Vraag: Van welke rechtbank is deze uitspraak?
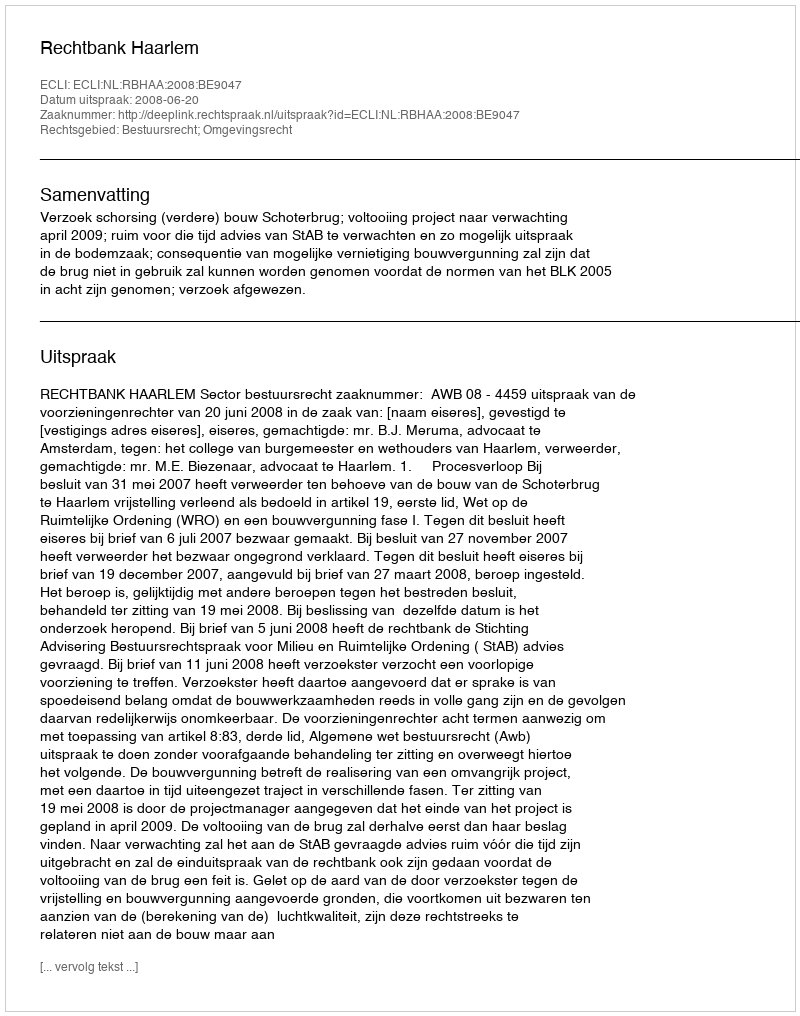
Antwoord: Rechtbank Haarlem